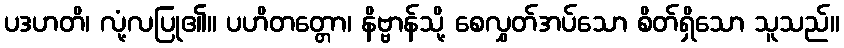
ပဒဟတိ၊ လုံ့လပြု၏။ ပဟိတတ္တော၊ နိဗ္ဗာန်သို့ စေလွှတ်အပ်သော စိတ်ရှိသော သူသည်။